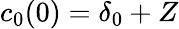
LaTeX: c_{0}(0)=\delta_{0}+Z